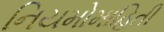
નિયમોમાહિતી